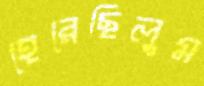
হেরেছিলুম